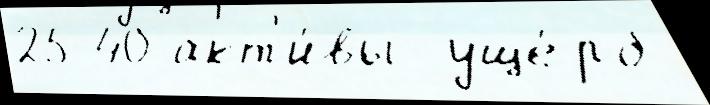
25-40 акт'и́вы  уще́рб